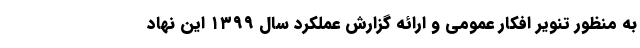
به منظور تنویر افکار عمومی و ارائه گزارش عملکرد سال ۱۳۹۹ این نهاد